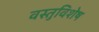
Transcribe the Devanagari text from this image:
वस्तुविशेष